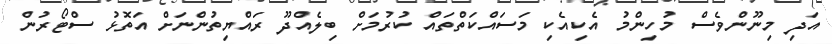
އަދި މިނޫންވެސް މުހިންމު އެކިއެކި މަސައްކަތްތައް ކުރުމަށް ބިލެއްދޫ ރައްޔިތުންނަށް އަތޮޅު ސްޓޯރުން